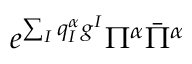
e ^ { \sum _ { I } q _ { I } ^ { \alpha } g ^ { I } } \Pi ^ { \alpha } \bar { \Pi } ^ { \alpha }